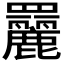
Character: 𦌿